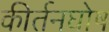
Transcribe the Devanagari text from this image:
कीर्तनघोष